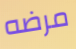
مرضه